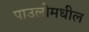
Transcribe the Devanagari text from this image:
पाउलोमधील